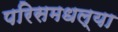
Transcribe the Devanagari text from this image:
परिसमधल्या